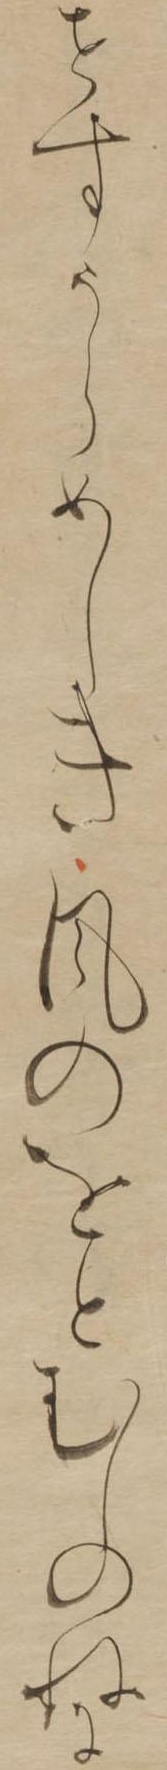
せすうらめしき風のをとむしのねに